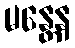
မန္တေန